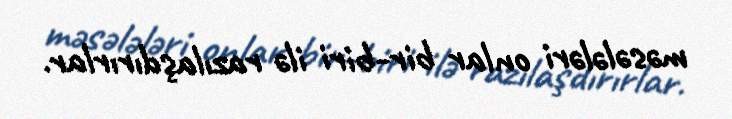
məsələləri onlar bir-biri ilə razılaşdırırlar.